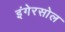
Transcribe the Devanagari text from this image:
इंगेरसोल